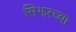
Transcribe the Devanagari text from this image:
सिझरच्या